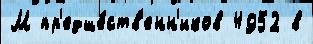
М пр'едше́ств'енн'иков 4952 в